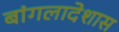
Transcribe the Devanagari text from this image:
बांगलादेशास